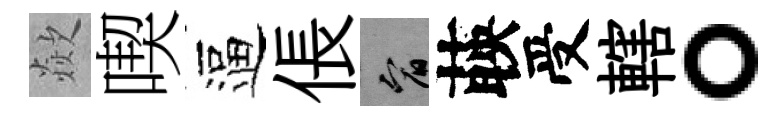
歘喫逼倀宥𦴤受轄。